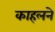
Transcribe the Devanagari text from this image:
काहलने